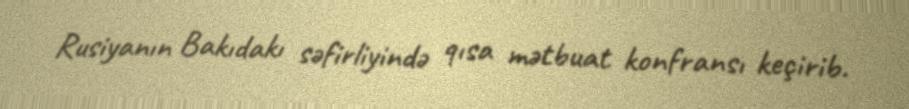
Rusiyanın Bakıdakı səfirliyində qısa mətbuat konfransı keçirib.